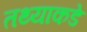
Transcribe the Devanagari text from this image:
तथ्याकडे